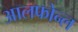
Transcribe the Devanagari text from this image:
आलफोन्ल